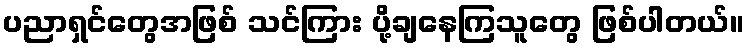
ပညာရှင်တွေအဖြစ် သင်ကြား ပို့ချနေကြသူတွေ ဖြစ်ပါတယ်။